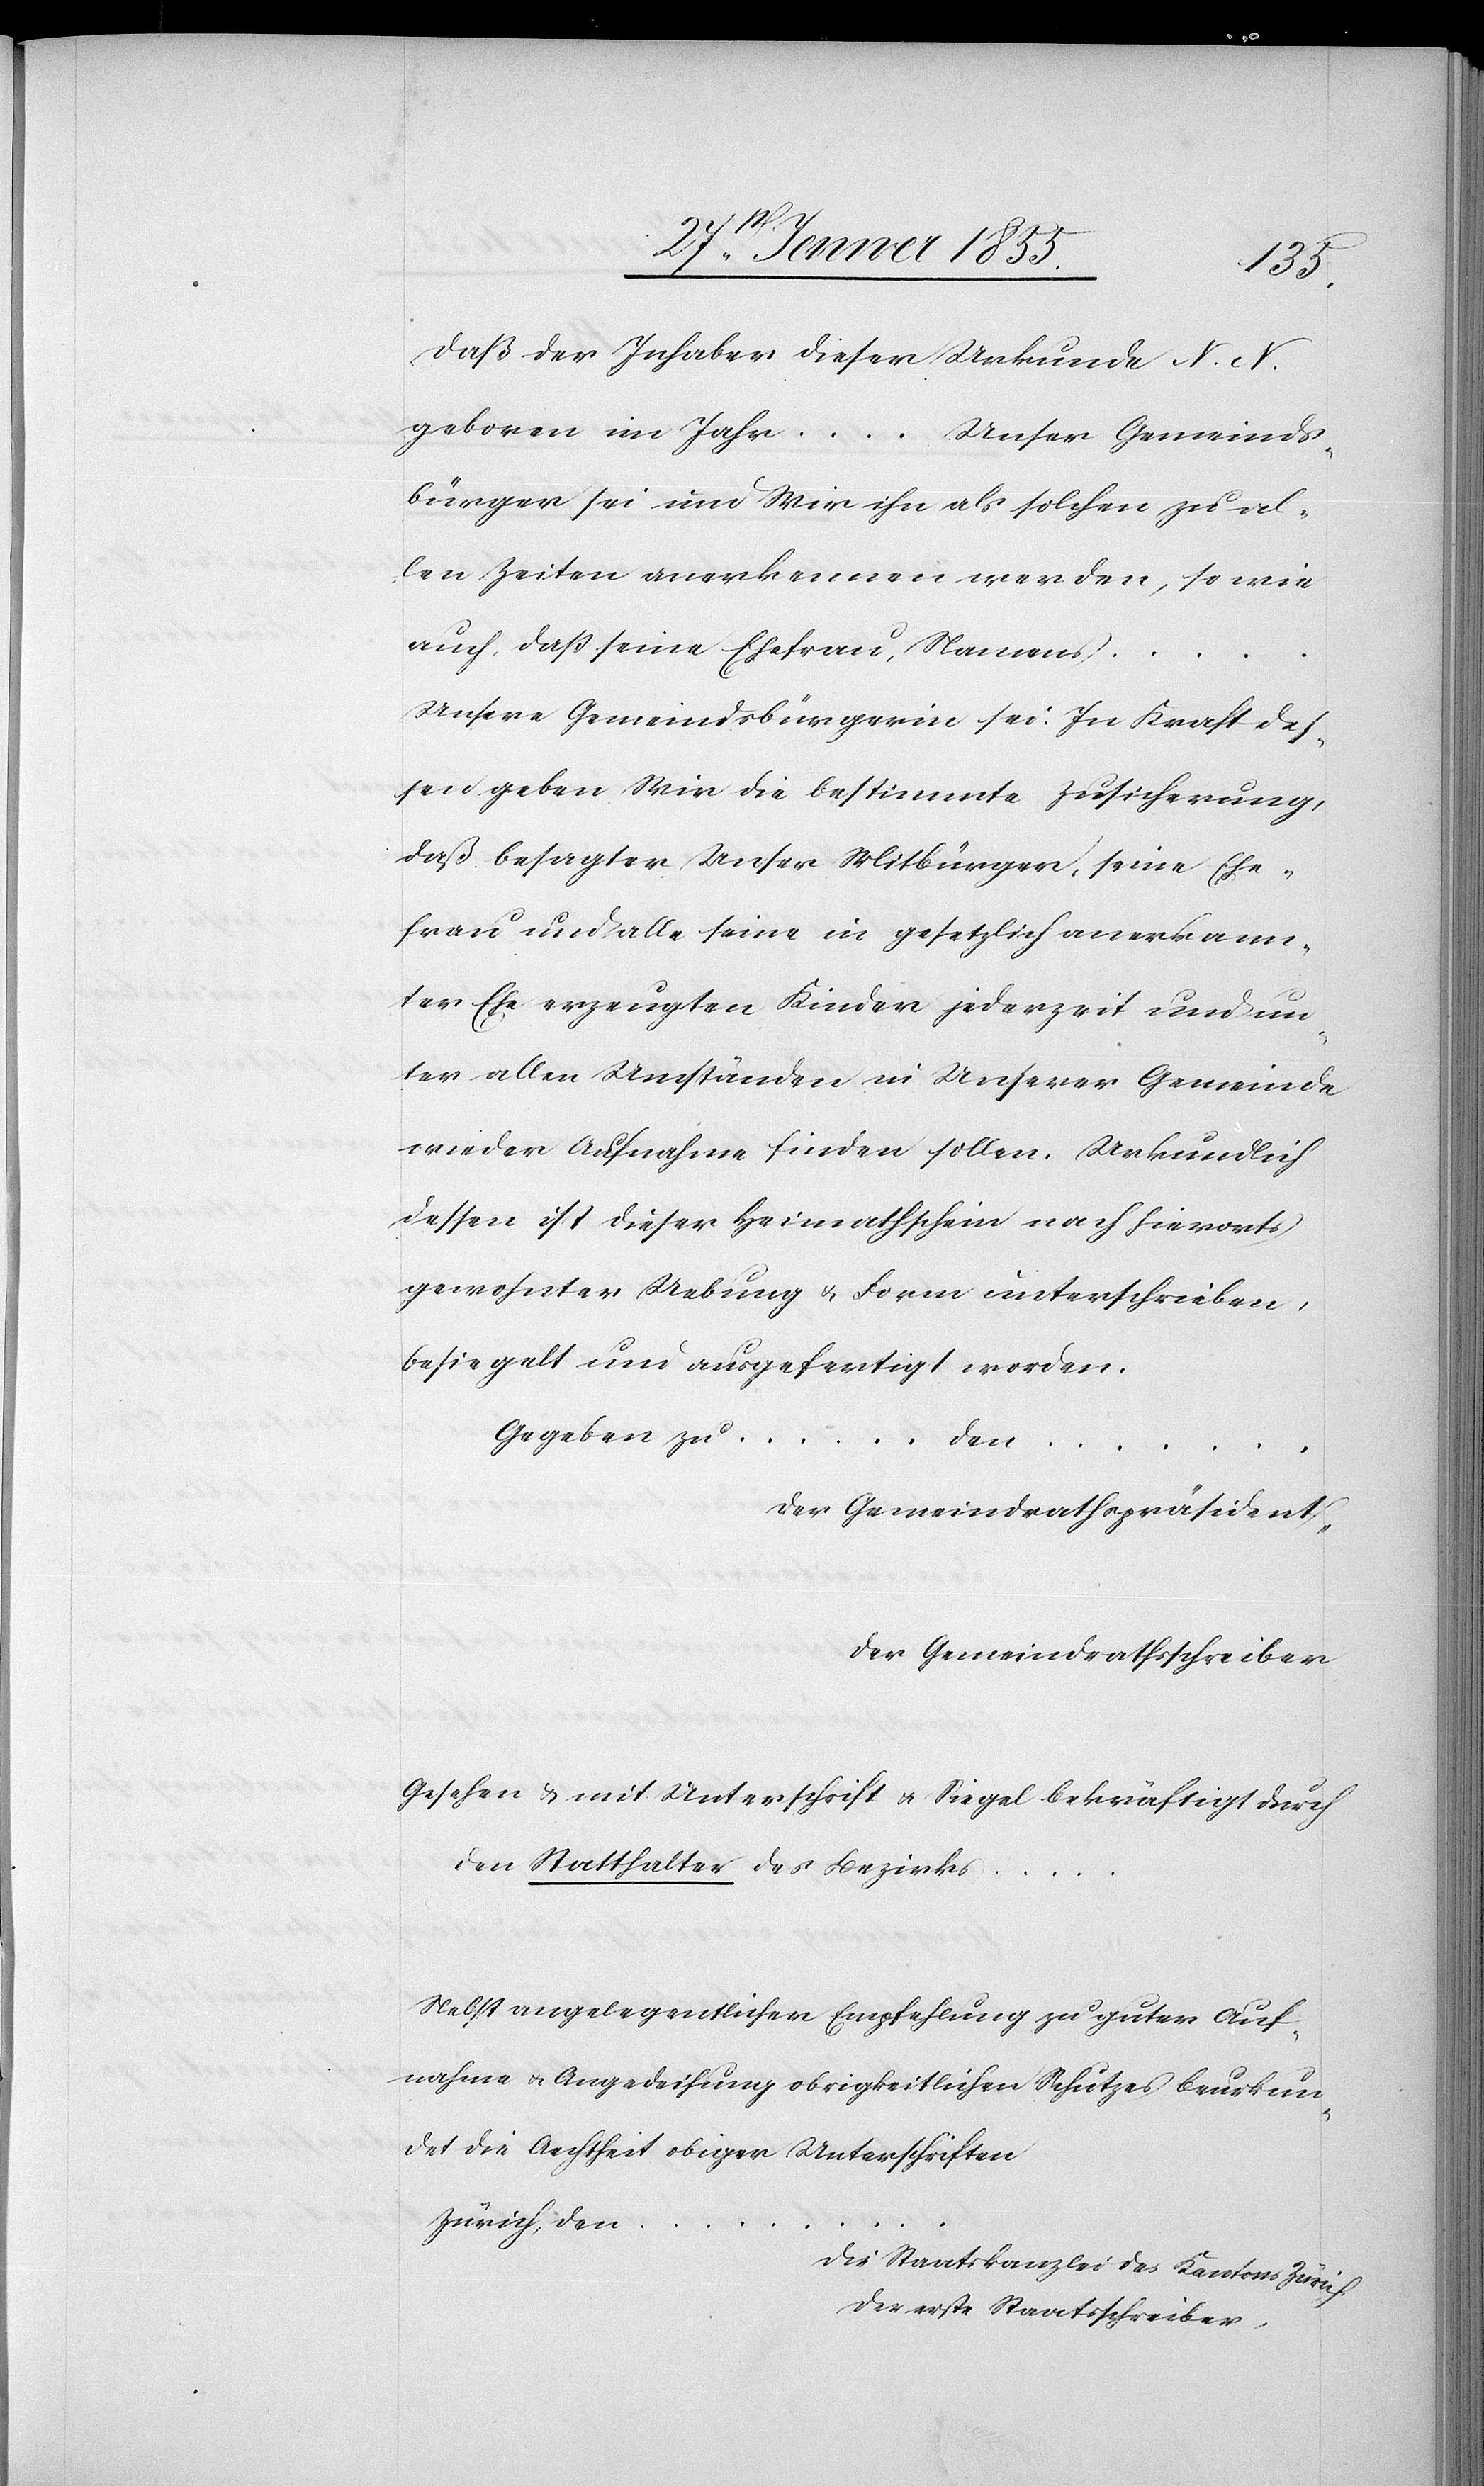
daß der Inhaber dieser Urkunde N. N.
geboren im Jahr … Unser Gemeinds¬
bürger sei und Wir ihn als solchen zu al¬
len Zeiten anerkennen werden, so wie
auch, daß seine Ehefrau, Namens …
Unsere Gemeindsbürgerin sei. In Kraft des¬
sen geben Wir die bestimmte Zusicherung,
daß besagter Unser Mitbürger, seine Ehe¬
frau und alle seine in gesetzlich anerkann¬
ter Ehe erzeugten Kinder jederzeit und un¬
ter allen Umständen in Unserer Gemeinde
wieder Aufnahme finden sollen. Urkundlich
dessen ist dieser Heimathschein nach hierorts
gewohnter Uebung & Form unterschrieben,
besiegelt und ausgefertigt worden.
Gegeben zu … den
…
Der Gemeindrathspräsident,
Der Gemeindrathsschreiber
Gesehen & mit Unterschrift & Siegel bekräftigt durch
den Statthalter des Bezirks …
Nebst angelegentlicher Empfehlung zu guter Auf¬
nahme & Angedeihung obrigkeitlichen Schutzes beurkun¬
det die Aechtheit obiger Unterschriften
Zürich, den
Die Staatskanzlei des Kantons Zürich.
Der erste Staatsschreiber,